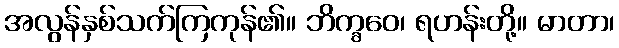
အလွန်နှစ်သက်ကြကုန်၏။ ဘိက္ခဝေ၊ ရဟန်းတို့။ မာတာ၊